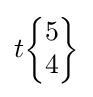
t{\begin{Bmatrix}5\\4\end{Bmatrix}}